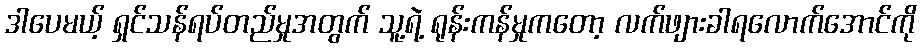
ဒါပေမယ့် ရှင်သန်ရပ်တည်မှုအတွက် သူ့ရဲ့ ရုန်းကန်မှုကတော့ လက်ဖျားခါရလောက်အောင်ကို